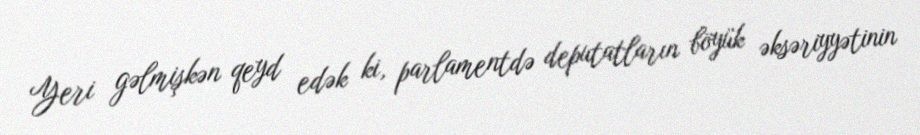
Yeri gəlmişkən qeyd edək ki, parlamentdə deputatların böyük əksəriyyətinin